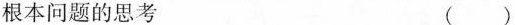
根本问题的思考 ()